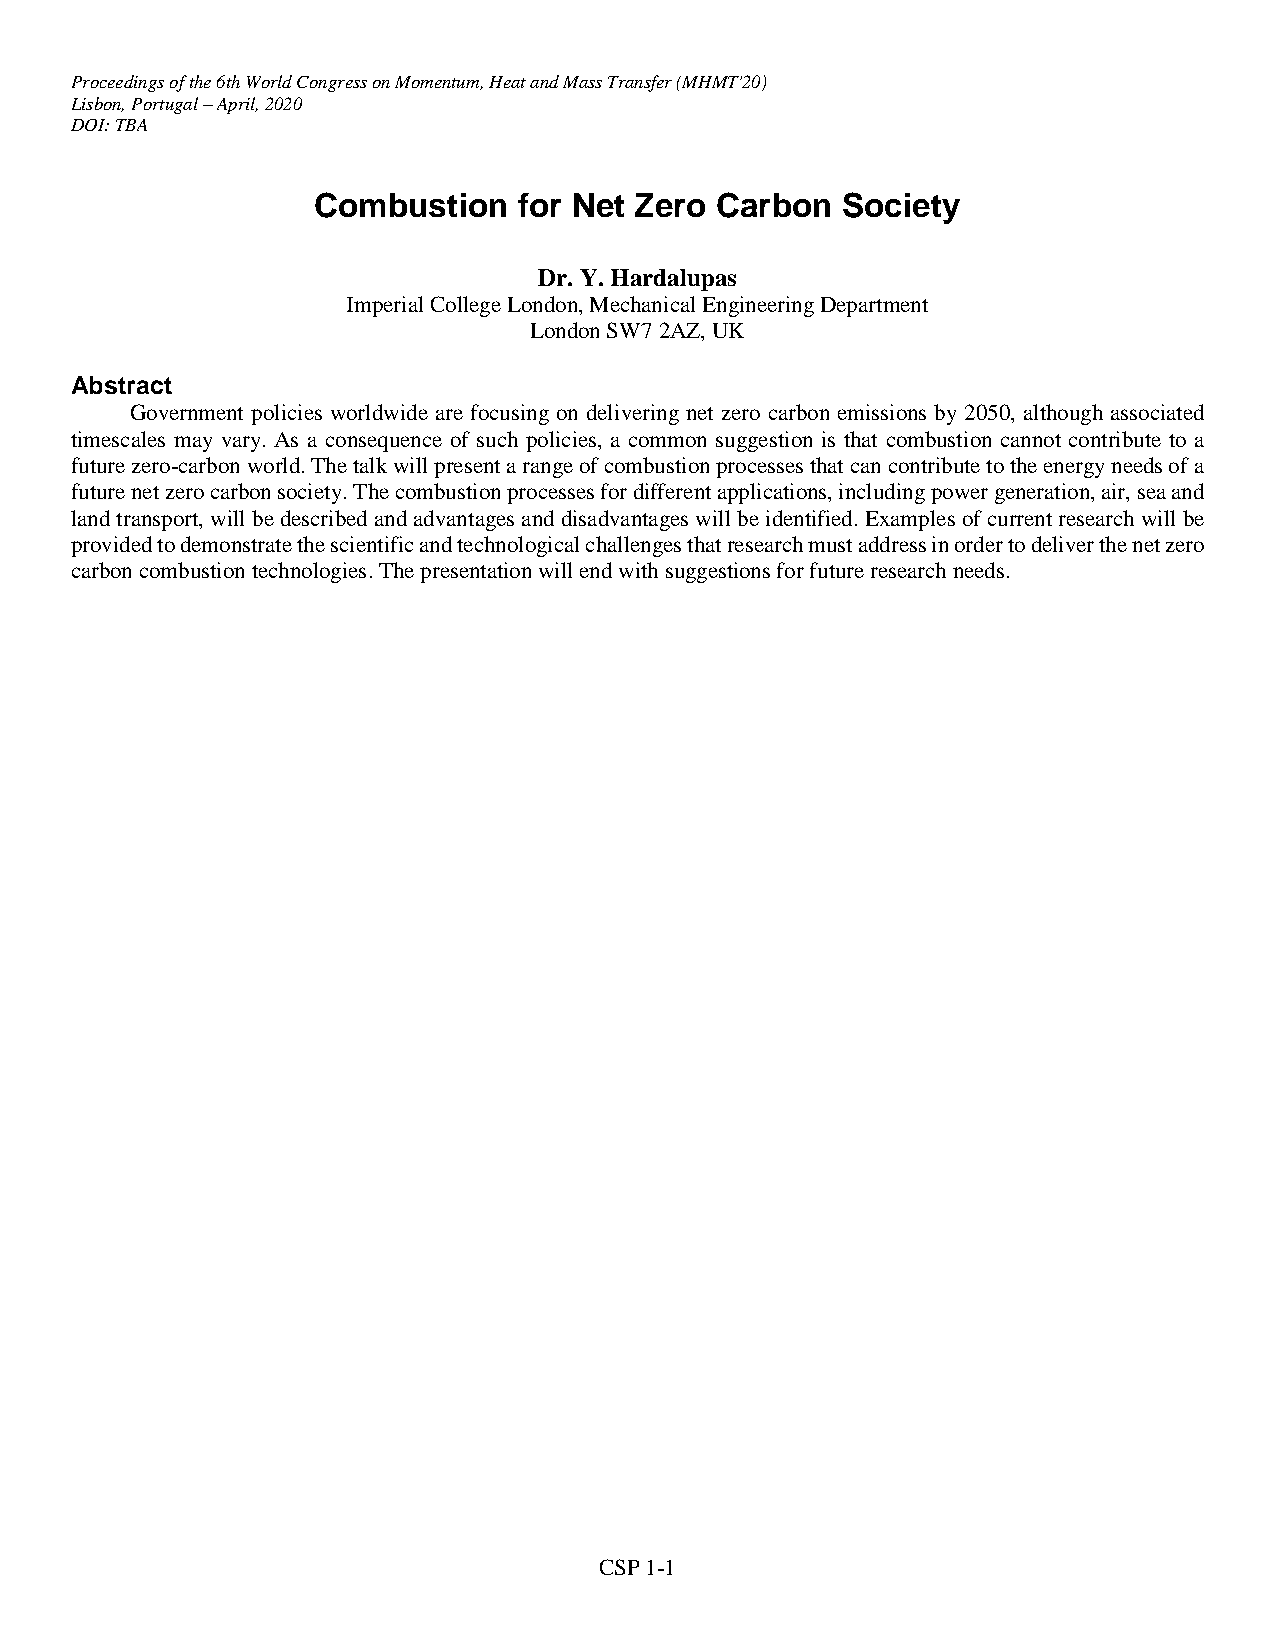
Proceedings of the 6th World Congress on Momentum, Heat and Mass Transfer (MHMT'20)
 Lisbon, Portugal – April, 2020
 DOI: TBA
 Combustion   for Net Zero Carbon   Society
 Dr. Y. Hardalupas
 Imperial College London, Mechanical Engineering Department
 London SW7 2AZ, UK
 Abstract
 Government policies worldwide are focusing on delivering net zero carbon emissions by 2050, although associated
 timescales may vary. As a consequence of such policies, a common suggestion is that combustion cannot contribute to a
 future zero-carbon world. The talk will present a range of combustion processes that can contribute to the energy needs of a
 future net zero carbon society. The combustion processes for different applications, including power generation, air, sea and
 land transport, will be described and advantages and disadvantages will be identified. Examples of current research will be
 provided to demonstrate the scientific and technological challenges that research must address in order to deliver the net zero
 carbon combustion technologies. The presentation will end with suggestions for future research needs.
 CSP 1-1